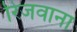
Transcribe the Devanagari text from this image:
रिजवाना